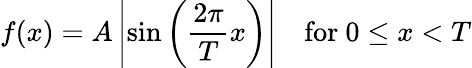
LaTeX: f(x)=A\left|\sin\left({\frac{2\pi}{T}}x\right)\right|\quad{\mathrm{for~}}0\leq x<T